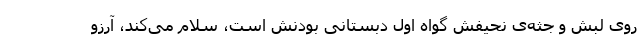
روی لبش و جثه‌ی نحیفش گواه اول دبستانی بودنش است، سلام می‌کند، آرزو